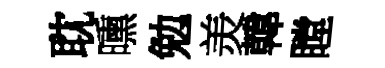
耽曛勉羙韓瞠